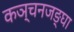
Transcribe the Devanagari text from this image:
कञ्चनजङ्घा